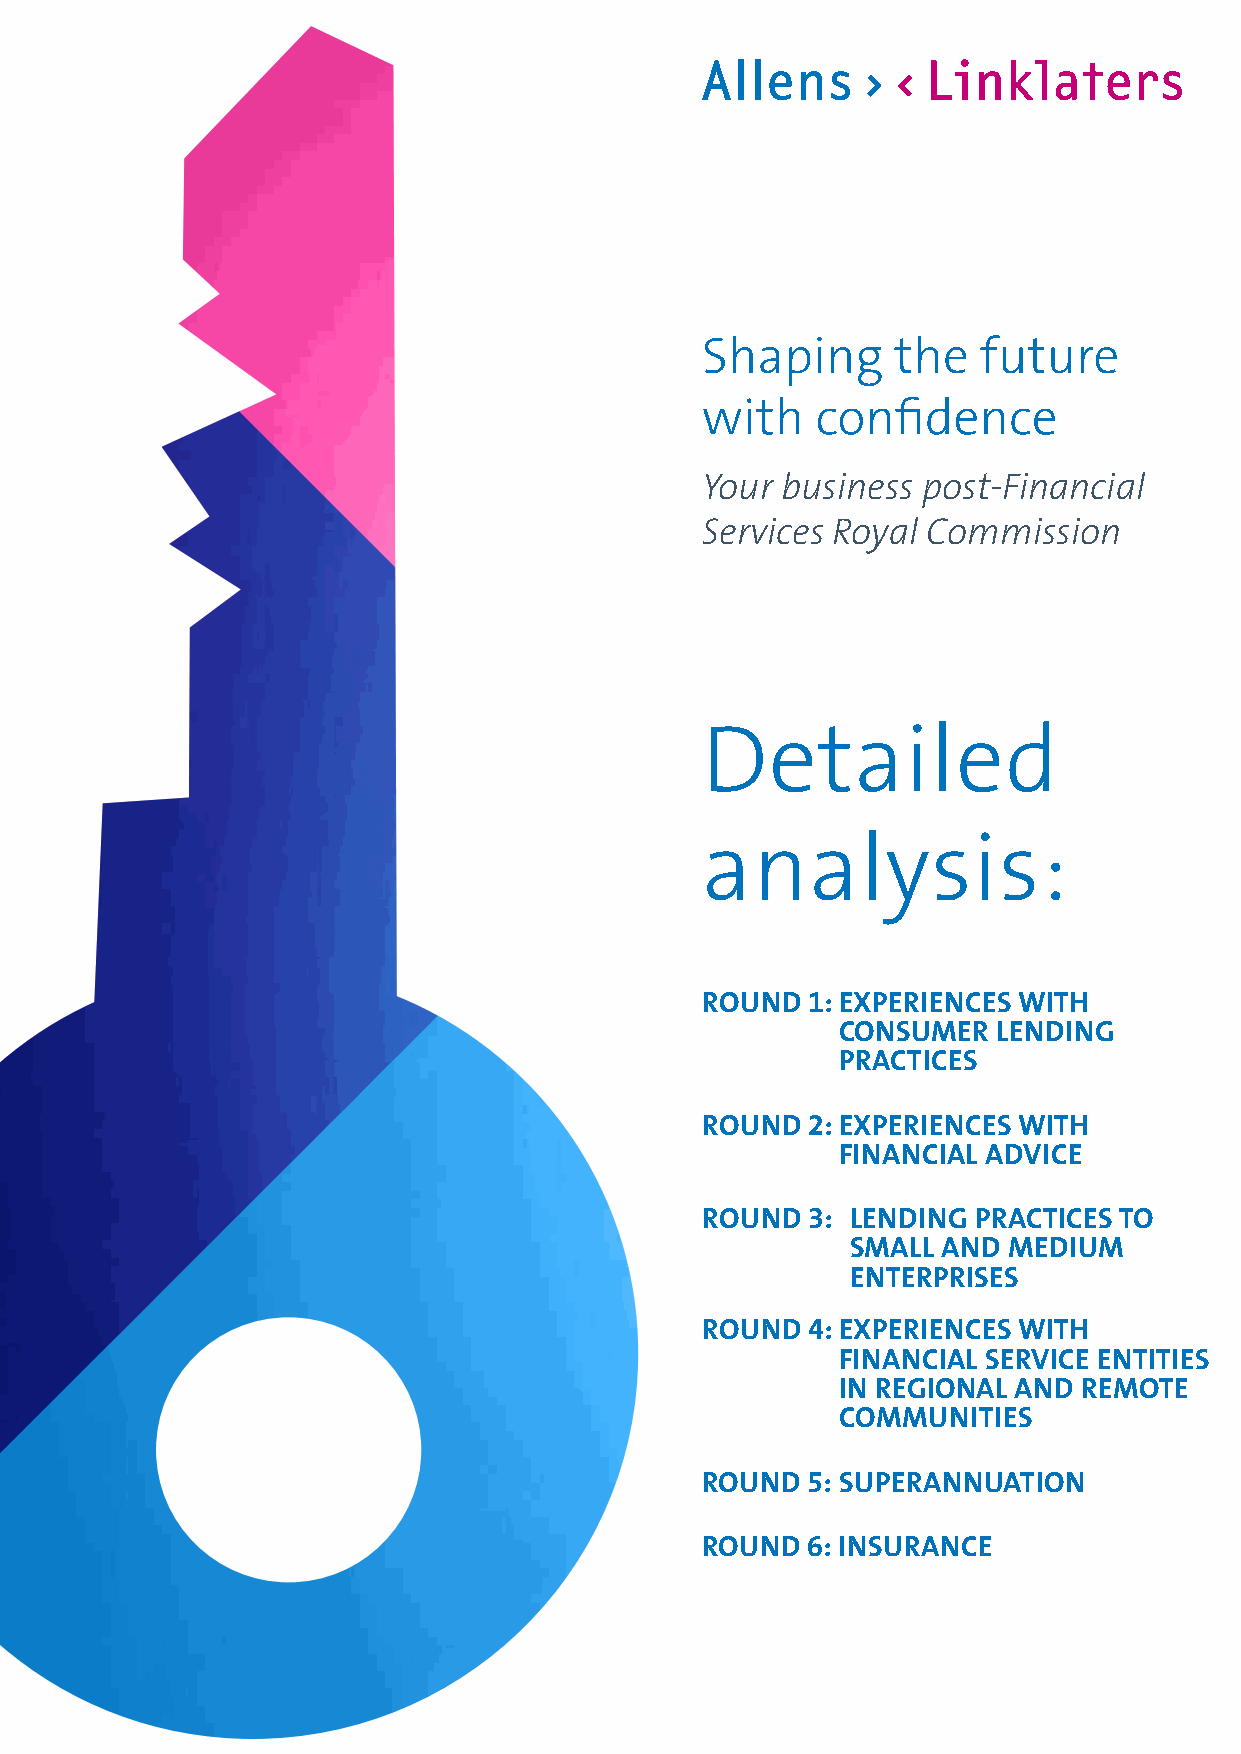
Shaping      the   future
 with    confidence
 Your  business post‑Financial
 Services Royal Commission
 Detailed
 analysis:
 ROUND  1: E XPERIENCES WITH
 CONSUMER  LENDING
 PRACTICES
 ROUND  2: E XPERIENCES WITH
 FINANCIAL ADVICE
 ROUND  3: LENDING  PRACTICES TO
 SMALL AND  MEDIUM
 ENTERPRISES
 ROUND  4: E XPERIENCES WITH
 FINANCIAL SERVICE ENTITIES
 IN REGIONAL AND REMOTE
 COMMUNITIES
 ROUND  5: SUPERANNUATION
 ROUND  6: INSURANCE